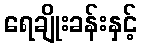
ရေချိုးခန်းနှင့်